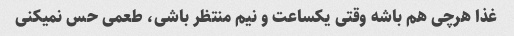
غذا هرچی هم باشه وقتی یکساعت و نیم منتظر باشی، طعمی حس نمیکنی